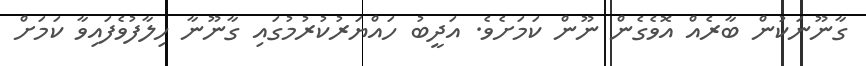
ގާނޫނަކުން ބާރެއް އޮވެގެން ނޫން ކަމަށެވެ. އަދީބު ހައްޔަރުކުރުމުގައި ގާނޫނާ ހިލާފުވެފައިވާ ކަމަށް